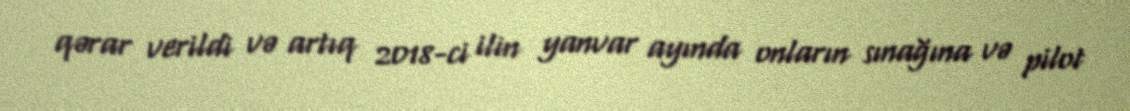
qərar verildi və artıq 2018-ci ilin yanvar ayında onların sınağına və pilot